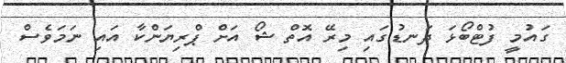
ގައުމީ ފުޓްބޯޅަ ދަނޑުގައި މިރޭ އޮތް ޝޯ އަށް ޕްރިޔަންކާ އައި ނަމަވެސް